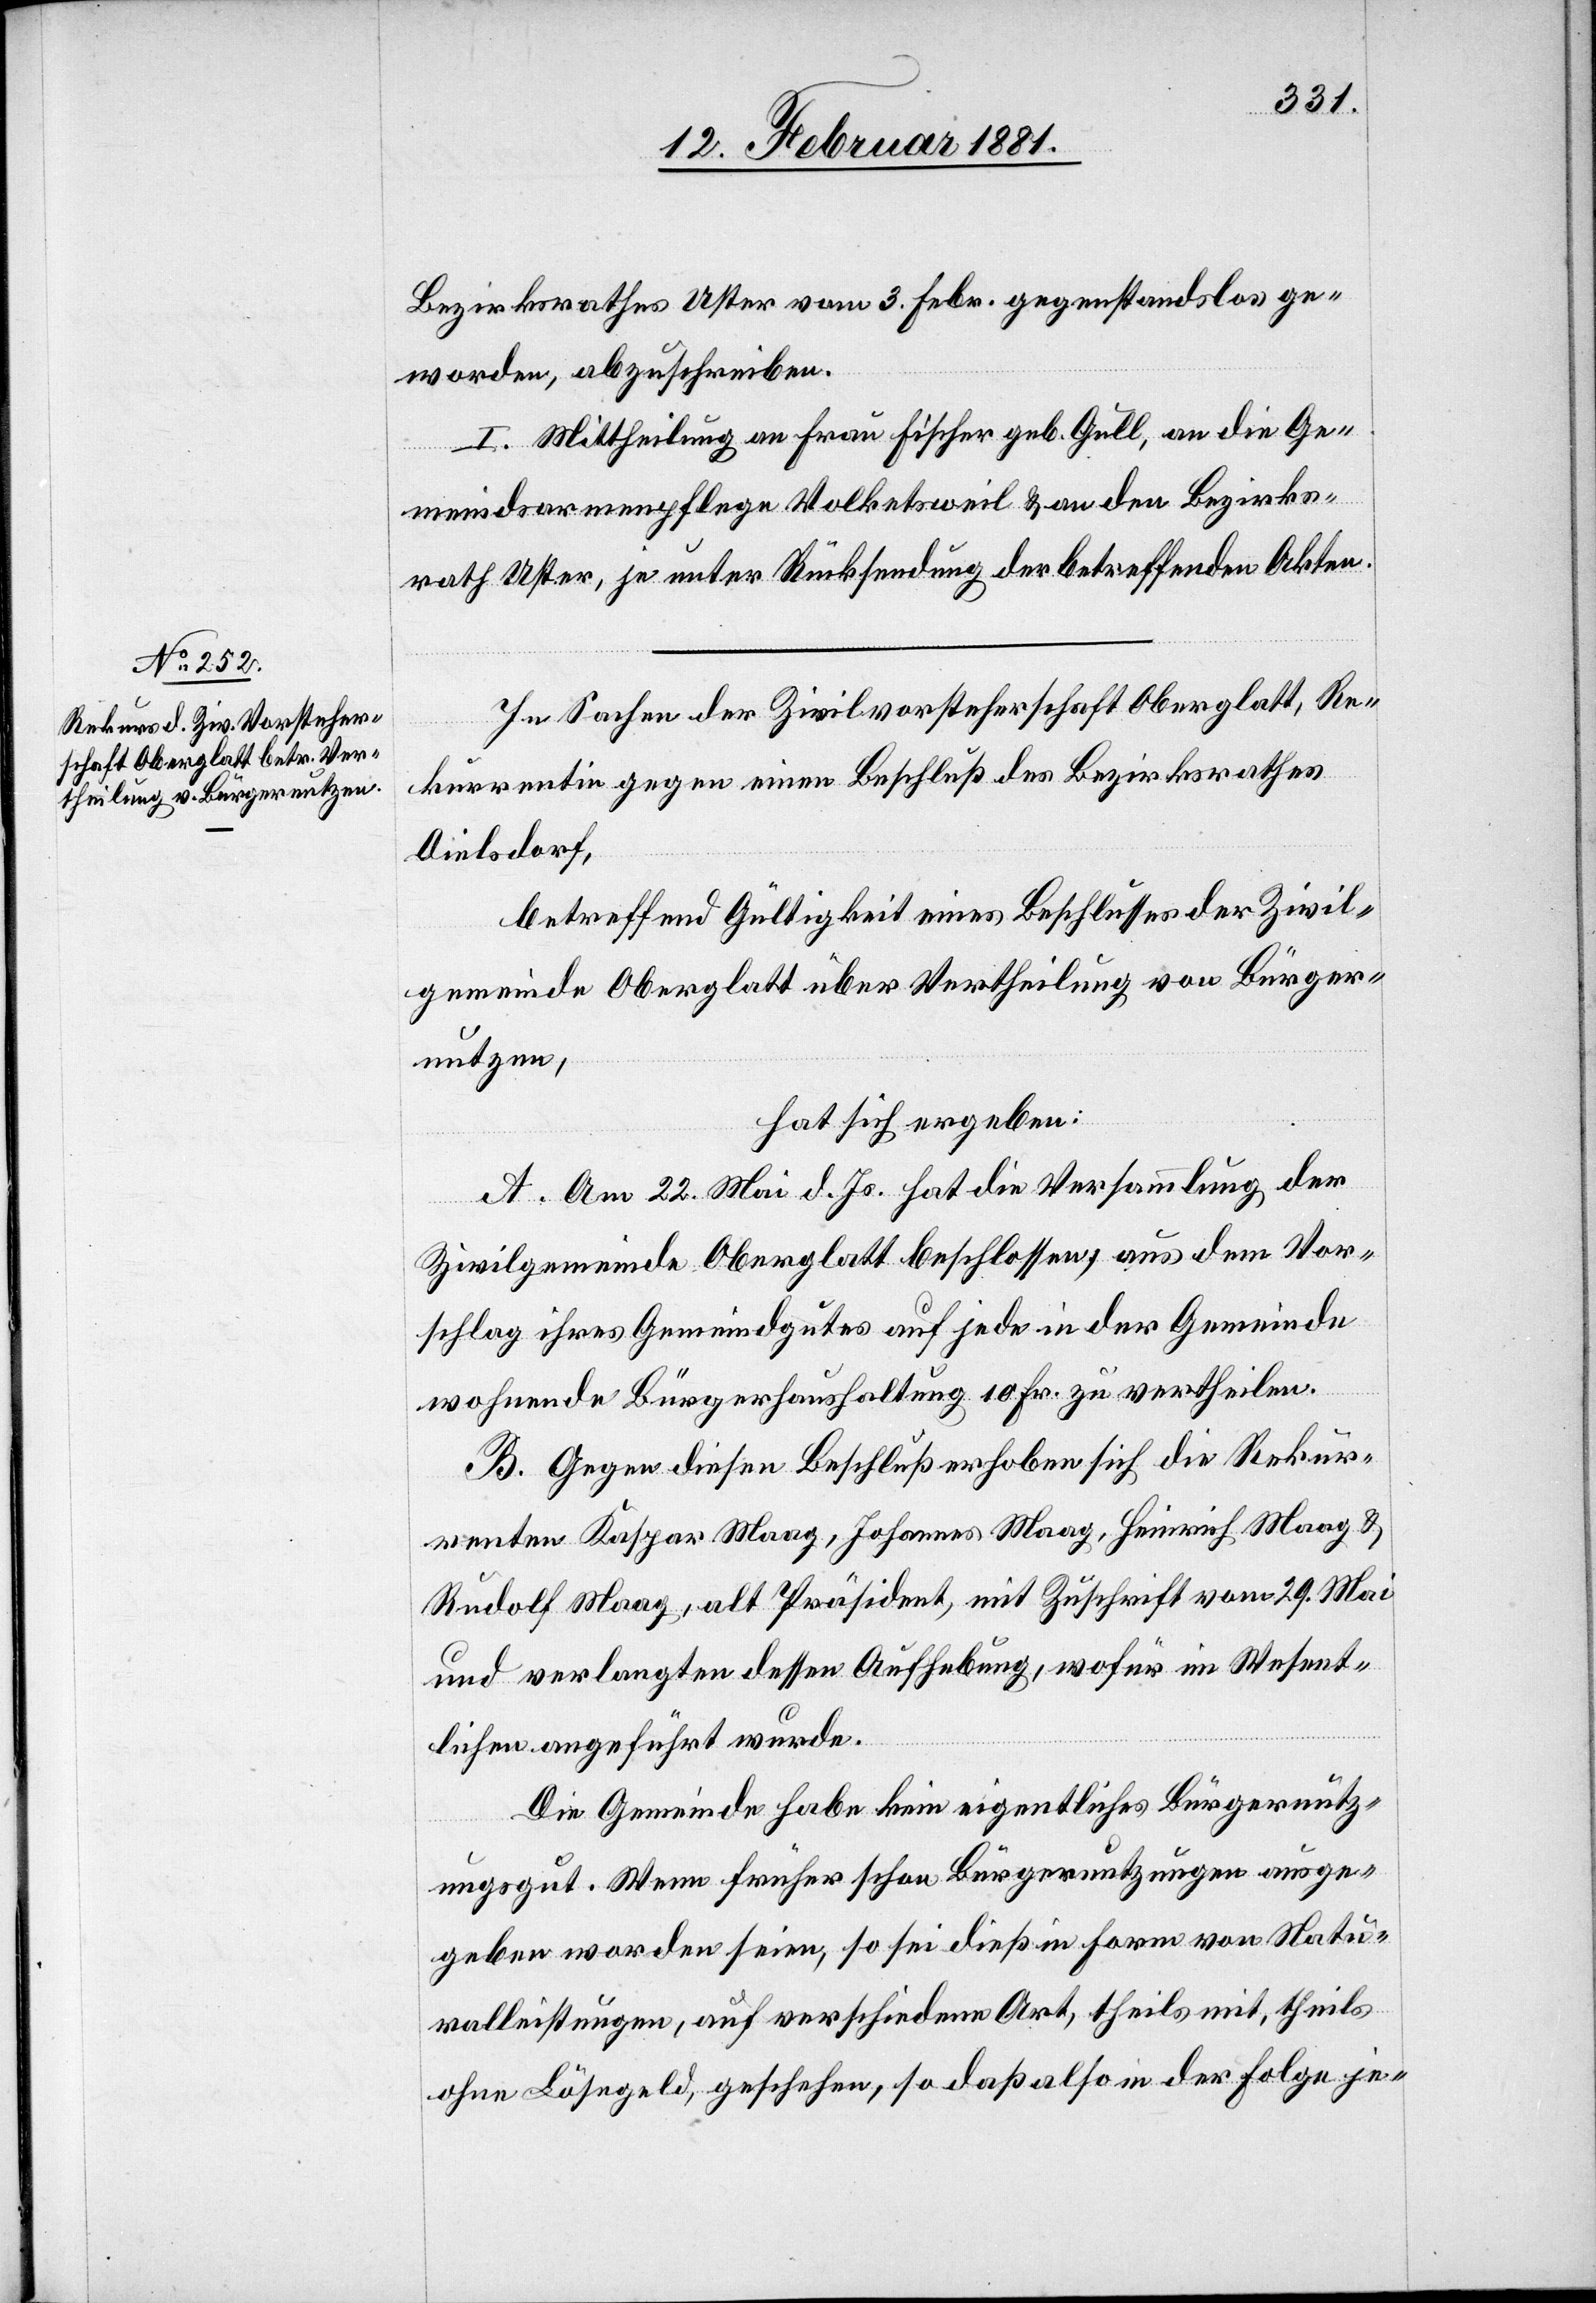
Bezirksrathes Uster vom 3. Febr. gegenstandslos ge¬
worden, abzuschreiben.
Mittheilung an Frau Fischer geb. Gull, an die Ge¬
meindsarmenpflege Volketsweil & an den Bezirks¬
rath Uster, je unter Rücksendung der betreffenden Akten.
In Sachen der Zivilvorsteherschaft Oberglatt, Re¬
kurrentin gegen einen Beschluß des Bezirksrathes
Dielsdorf,
betreffend Gültigkeit eines Beschlusses der Zivil¬
gemeinde Oberglatt über Vertheilung von Bürger¬
nutzen,
hat sich ergeben:
A. Am 22. Mai d. Js. hat die Versammlung der
Zivilgemeinde Oberglatt beschlossen, aus dem Vor¬
schlag ihres Gemeindgutes auf jede in der Gemeinde
wohnende Bürgerhaushaltung 10 Fr. zu vertheilen.
B. Gegen diesen Beschluß erhoben sich die Rekur¬
renten Kaspar Maag, Johannes Maag, Heinrich Maag &
Rudolf Maag, alt Präsident, mit Zuschrift vom 29. Mai
und verlangten dessen Aufhebung, wofür im Wesent¬
lichen angeführt wurde.
Die Gemeinde habe kein eigentliches Bürgernutz¬
ungsgut. Wenn früher schon Bürgernutzungen ausge¬
geben worden seien, so sei dieß in Form von Natu¬
ralleistungen, auf verschiedene Art, theils mit, theils
ohne Lösegeld, geschehen, so daß also in der Folge je-